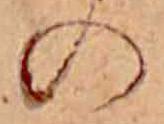
の